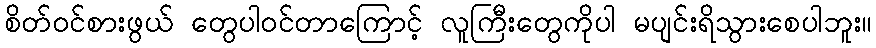
စိတ်ဝင်စားဖွယ် တွေပါဝင်တာကြောင့် လူကြီးတွေကိုပါ မပျင်းရိသွားစေပါဘူး။